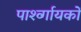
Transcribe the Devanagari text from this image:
पार्श्व्गायकों